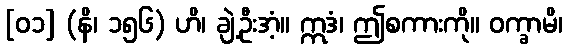
[၀၁] (နိ၊ ၁၅၆) ဟိ၊ ချဲ့ဦးအံ့။ ဣဒံ၊ ဤစကားကို။ ဝက္ခာမိ၊